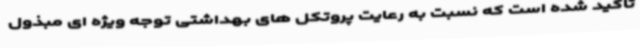
تاکید شده است که نسبت به رعایت پروتکل های بهداشتی توجه ویژه ای مبذول